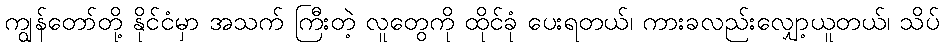
ကျွန်တော်တို့ နိုင်ငံမှာ အသက် ကြီးတဲ့ လူတွေကို ထိုင်ခုံ ပေးရတယ်၊ ကားခလည်းလျှော့ယူတယ်၊ သိပ်